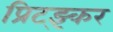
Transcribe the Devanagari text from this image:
प्रिट्झ्कर